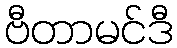
ဗီတာမင်ဒီ